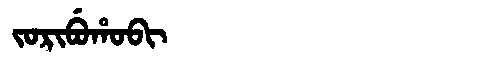
Manchu: ᠵᠣᡵᡳᠪᡠᡥᠣᠪᡳ
Romanization: JORIBUHOBI